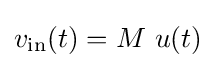
v_{\mathrm {in} }(t)=M\ u(t)